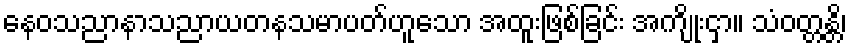
နေဝသညာနာသညာယတနသမာပတ်ဟူသော အထူးဖြစ်ခြင်း အကျိုးငှာ။ သံဝတ္တန္တိ၊